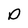
Character: D